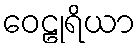
ဝေဠုရိယာ